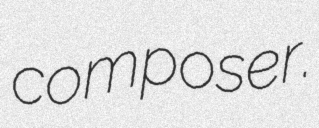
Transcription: composer.